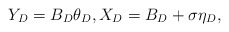
\begin{align*}Y_D=B_D\theta_{D}, X_D=B_D+\sigma \eta_D,\end{align*}